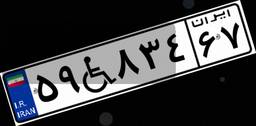
۵۹W۸۳۴۶۷